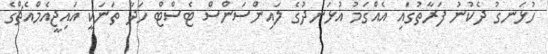
ހުޅަނގު ދެކުނު ފަރާތުގައި އެއްގަމު އުޅަނދުގެ ލައިންސަންސް ޓެސްޓް ހަދާ ތަނަކީ އައިޖީއެމްއެޗްގެ